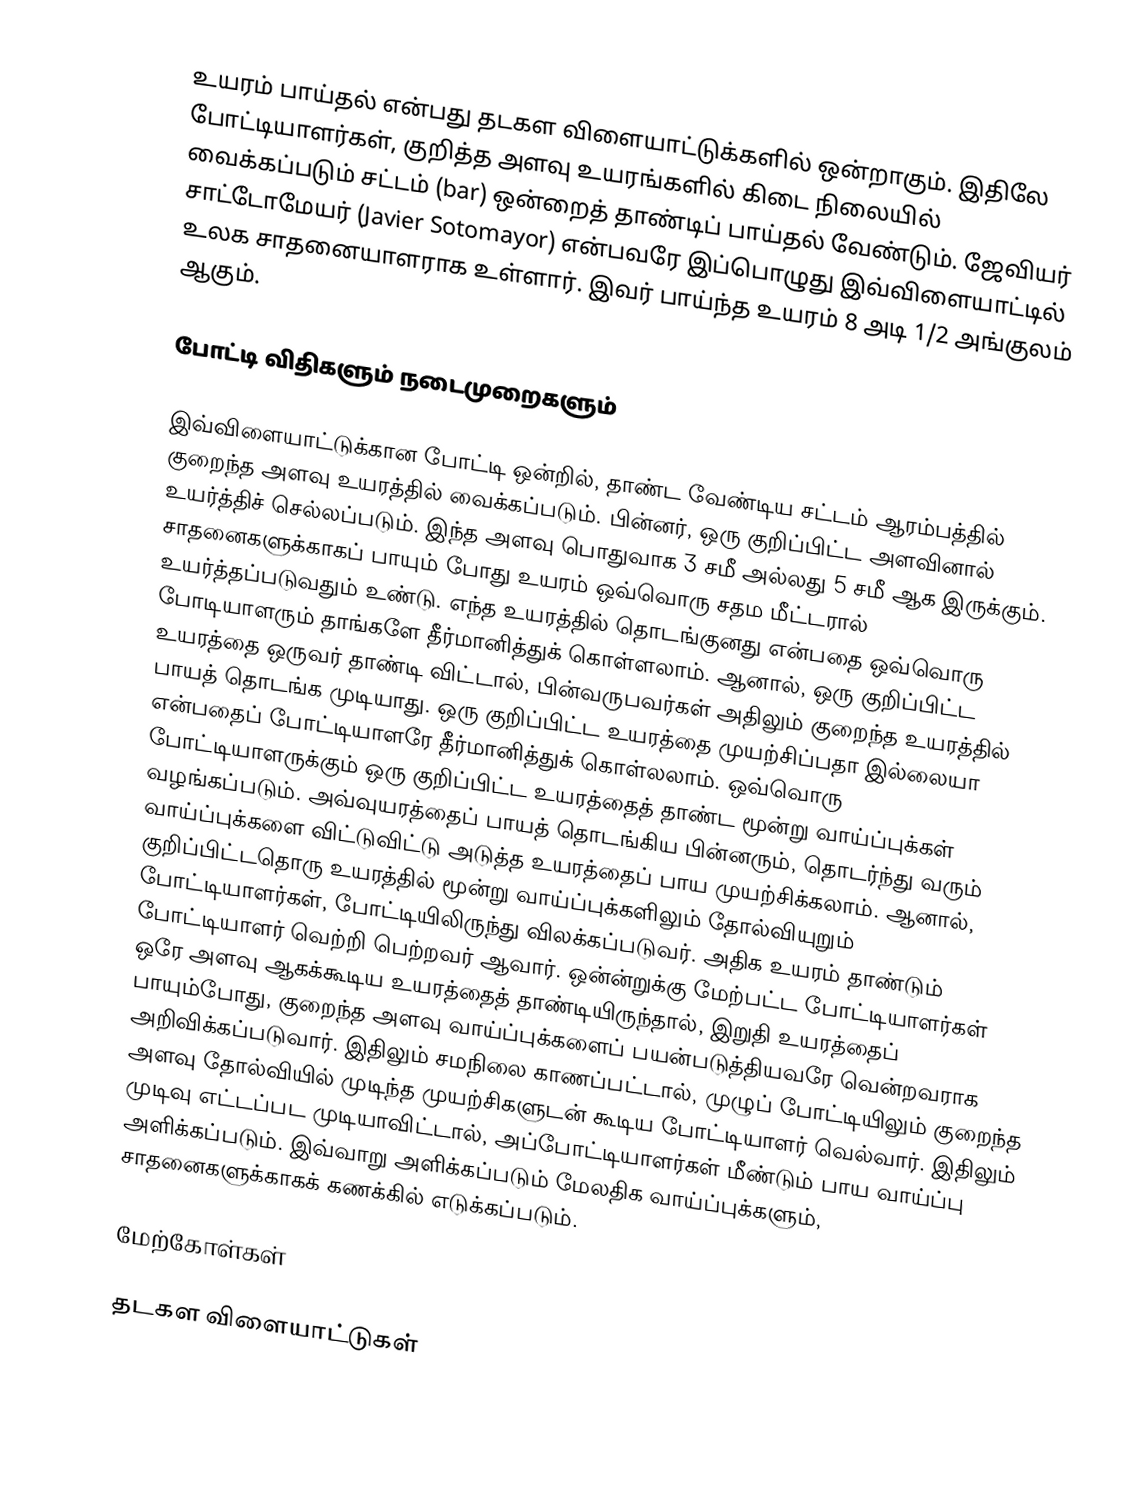
உயரம் பாய்தல் என்பது தடகள விளையாட்டுக்களில் ஒன்றாகும். இதிலே போட்டியாளர்கள், குறித்த அளவு உயரங்களில் கிடை நிலையில் வைக்கப்படும் சட்டம் (bar) ஒன்றைத் தாண்டிப் பாய்தல் வேண்டும். ஜேவியர் சாட்டோமேயர் (Javier Sotomayor) என்பவரே இப்பொழுது இவ்விளையாட்டில் உலக சாதனையாளராக உள்ளார். இவர் பாய்ந்த உயரம் 8 அடி 1/2 அங்குலம் ஆகும்.

போட்டி விதிகளும் நடைமுறைகளும்

இவ்விளையாட்டுக்கான போட்டி ஒன்றில், தாண்ட வேண்டிய சட்டம் ஆரம்பத்தில் குறைந்த அளவு உயரத்தில் வைக்கப்படும். பின்னர், ஒரு குறிப்பிட்ட அளவினால் உயர்த்திச் செல்லப்படும். இந்த அளவு பொதுவாக 3 சமீ அல்லது 5 சமீ ஆக இருக்கும். சாதனைகளுக்காகப் பாயும் போது உயரம் ஒவ்வொரு சதம மீட்டரால் உயர்த்தப்படுவதும் உண்டு. எந்த உயரத்தில் தொடங்குனது என்பதை ஒவ்வொரு போடியாளரும் தாங்களே தீர்மானித்துக் கொள்ளலாம். ஆனால், ஒரு குறிப்பிட்ட உயரத்தை ஒருவர் தாண்டி விட்டால், பின்வருபவர்கள் அதிலும் குறைந்த உயரத்தில் பாயத் தொடங்க முடியாது. ஒரு குறிப்பிட்ட உயரத்தை முயற்சிப்பதா இல்லையா என்பதைப் போட்டியாளரே தீர்மானித்துக் கொள்லலாம். ஒவ்வொரு போட்டியாளருக்கும் ஒரு குறிப்பிட்ட உயரத்தைத் தாண்ட மூன்று வாய்ப்புக்கள் வழங்கப்படும். அவ்வுயரத்தைப் பாயத் தொடங்கிய பின்னரும், தொடர்ந்து வரும் வாய்ப்புக்களை  விட்டுவிட்டு அடுத்த உயரத்தைப் பாய முயற்சிக்கலாம். ஆனால், குறிப்பிட்டதொரு உயரத்தில் மூன்று வாய்ப்புக்களிலும் தோல்வியுறும் போட்டியாளர்கள், போட்டியிலிருந்து விலக்கப்படுவர். அதிக உயரம் தாண்டும் போட்டியாளர் வெற்றி பெற்றவர் ஆவார். ஒன்ன்றுக்கு மேற்பட்ட போட்டியாளர்கள் ஒரே அளவு ஆகக்கூடிய உயரத்தைத் தாண்டியிருந்தால், இறுதி உயரத்தைப் பாயும்போது, குறைந்த அளவு வாய்ப்புக்களைப் பயன்படுத்தியவரே வென்றவராக அறிவிக்கப்படுவார். இதிலும் சமநிலை காணப்பட்டால், முழுப் போட்டியிலும் குறைந்த அளவு தோல்வியில் முடிந்த முயற்சிகளுடன் கூடிய போட்டியாளர் வெல்வார். இதிலும் முடிவு எட்டப்பட முடியாவிட்டால், அப்போட்டியாளர்கள் மீண்டும் பாய வாய்ப்பு அளிக்கப்படும். இவ்வாறு அளிக்கப்படும் மேலதிக வாய்ப்புக்களும், சாதனைகளுக்காகக் கணக்கில் எடுக்கப்படும்.

மேற்கோள்கள்

தடகள விளையாட்டுகள்